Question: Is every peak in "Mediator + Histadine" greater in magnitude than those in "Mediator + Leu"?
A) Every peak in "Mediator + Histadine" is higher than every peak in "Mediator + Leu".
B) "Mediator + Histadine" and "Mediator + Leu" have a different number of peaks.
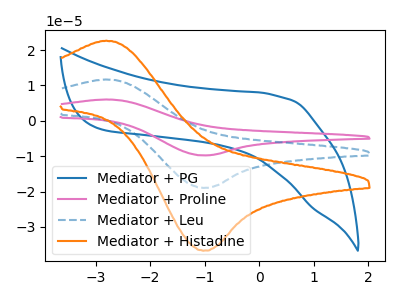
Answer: <think>The blue curve "Mediator + PG" has no peaks. The pink curve "Mediator + Proline" has an anodic peak at (-2.85V, 23.40uA) and a cathodic peak at (-1.00V, -37.90uA). The blue dashed curve "Mediator + Leu" has an anodic peak at (-2.85V, 11.70uA) and a cathodic peak at (-1.00V, -18.95uA). The orange curve "Mediator + Histadine" has an anodic peak at (-2.85V, 22.65uA) and a cathodic peak at (-1.00V, -36.70uA).</think>
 <answer>A) Every peak in "Mediator + Histadine" is higher than every peak in "Mediator + Leu".</answer>
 <eval>A</eval>